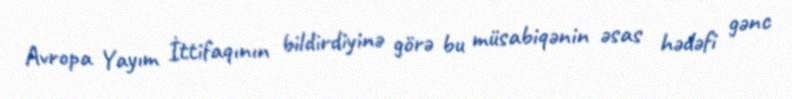
Avropa Yayım İttifaqının bildirdiyinə görə bu müsabiqənin əsas hədəfi gənc